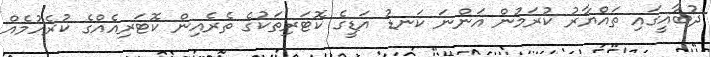
ދުބާއީގައި ތައްޔާރު ކުރަމުން އަންނަ ކަނޑު އަޑީގެ ކޮޓަރިތަކުގެ ތެރެއިން ކޮޓަރިއެއްގެ ކުރެހުމެއް